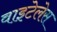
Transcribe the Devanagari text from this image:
वाइटेलेस